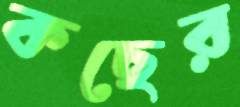
কছের